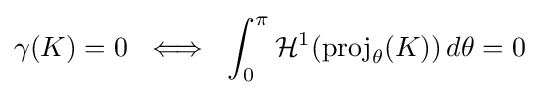
\gamma (K)=0\ \iff \ \int _{0}^{\pi }{\mathcal {H}}^{1}(\operatorname {proj} _{\theta }(K))\,d\theta =0